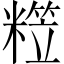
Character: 𥼕